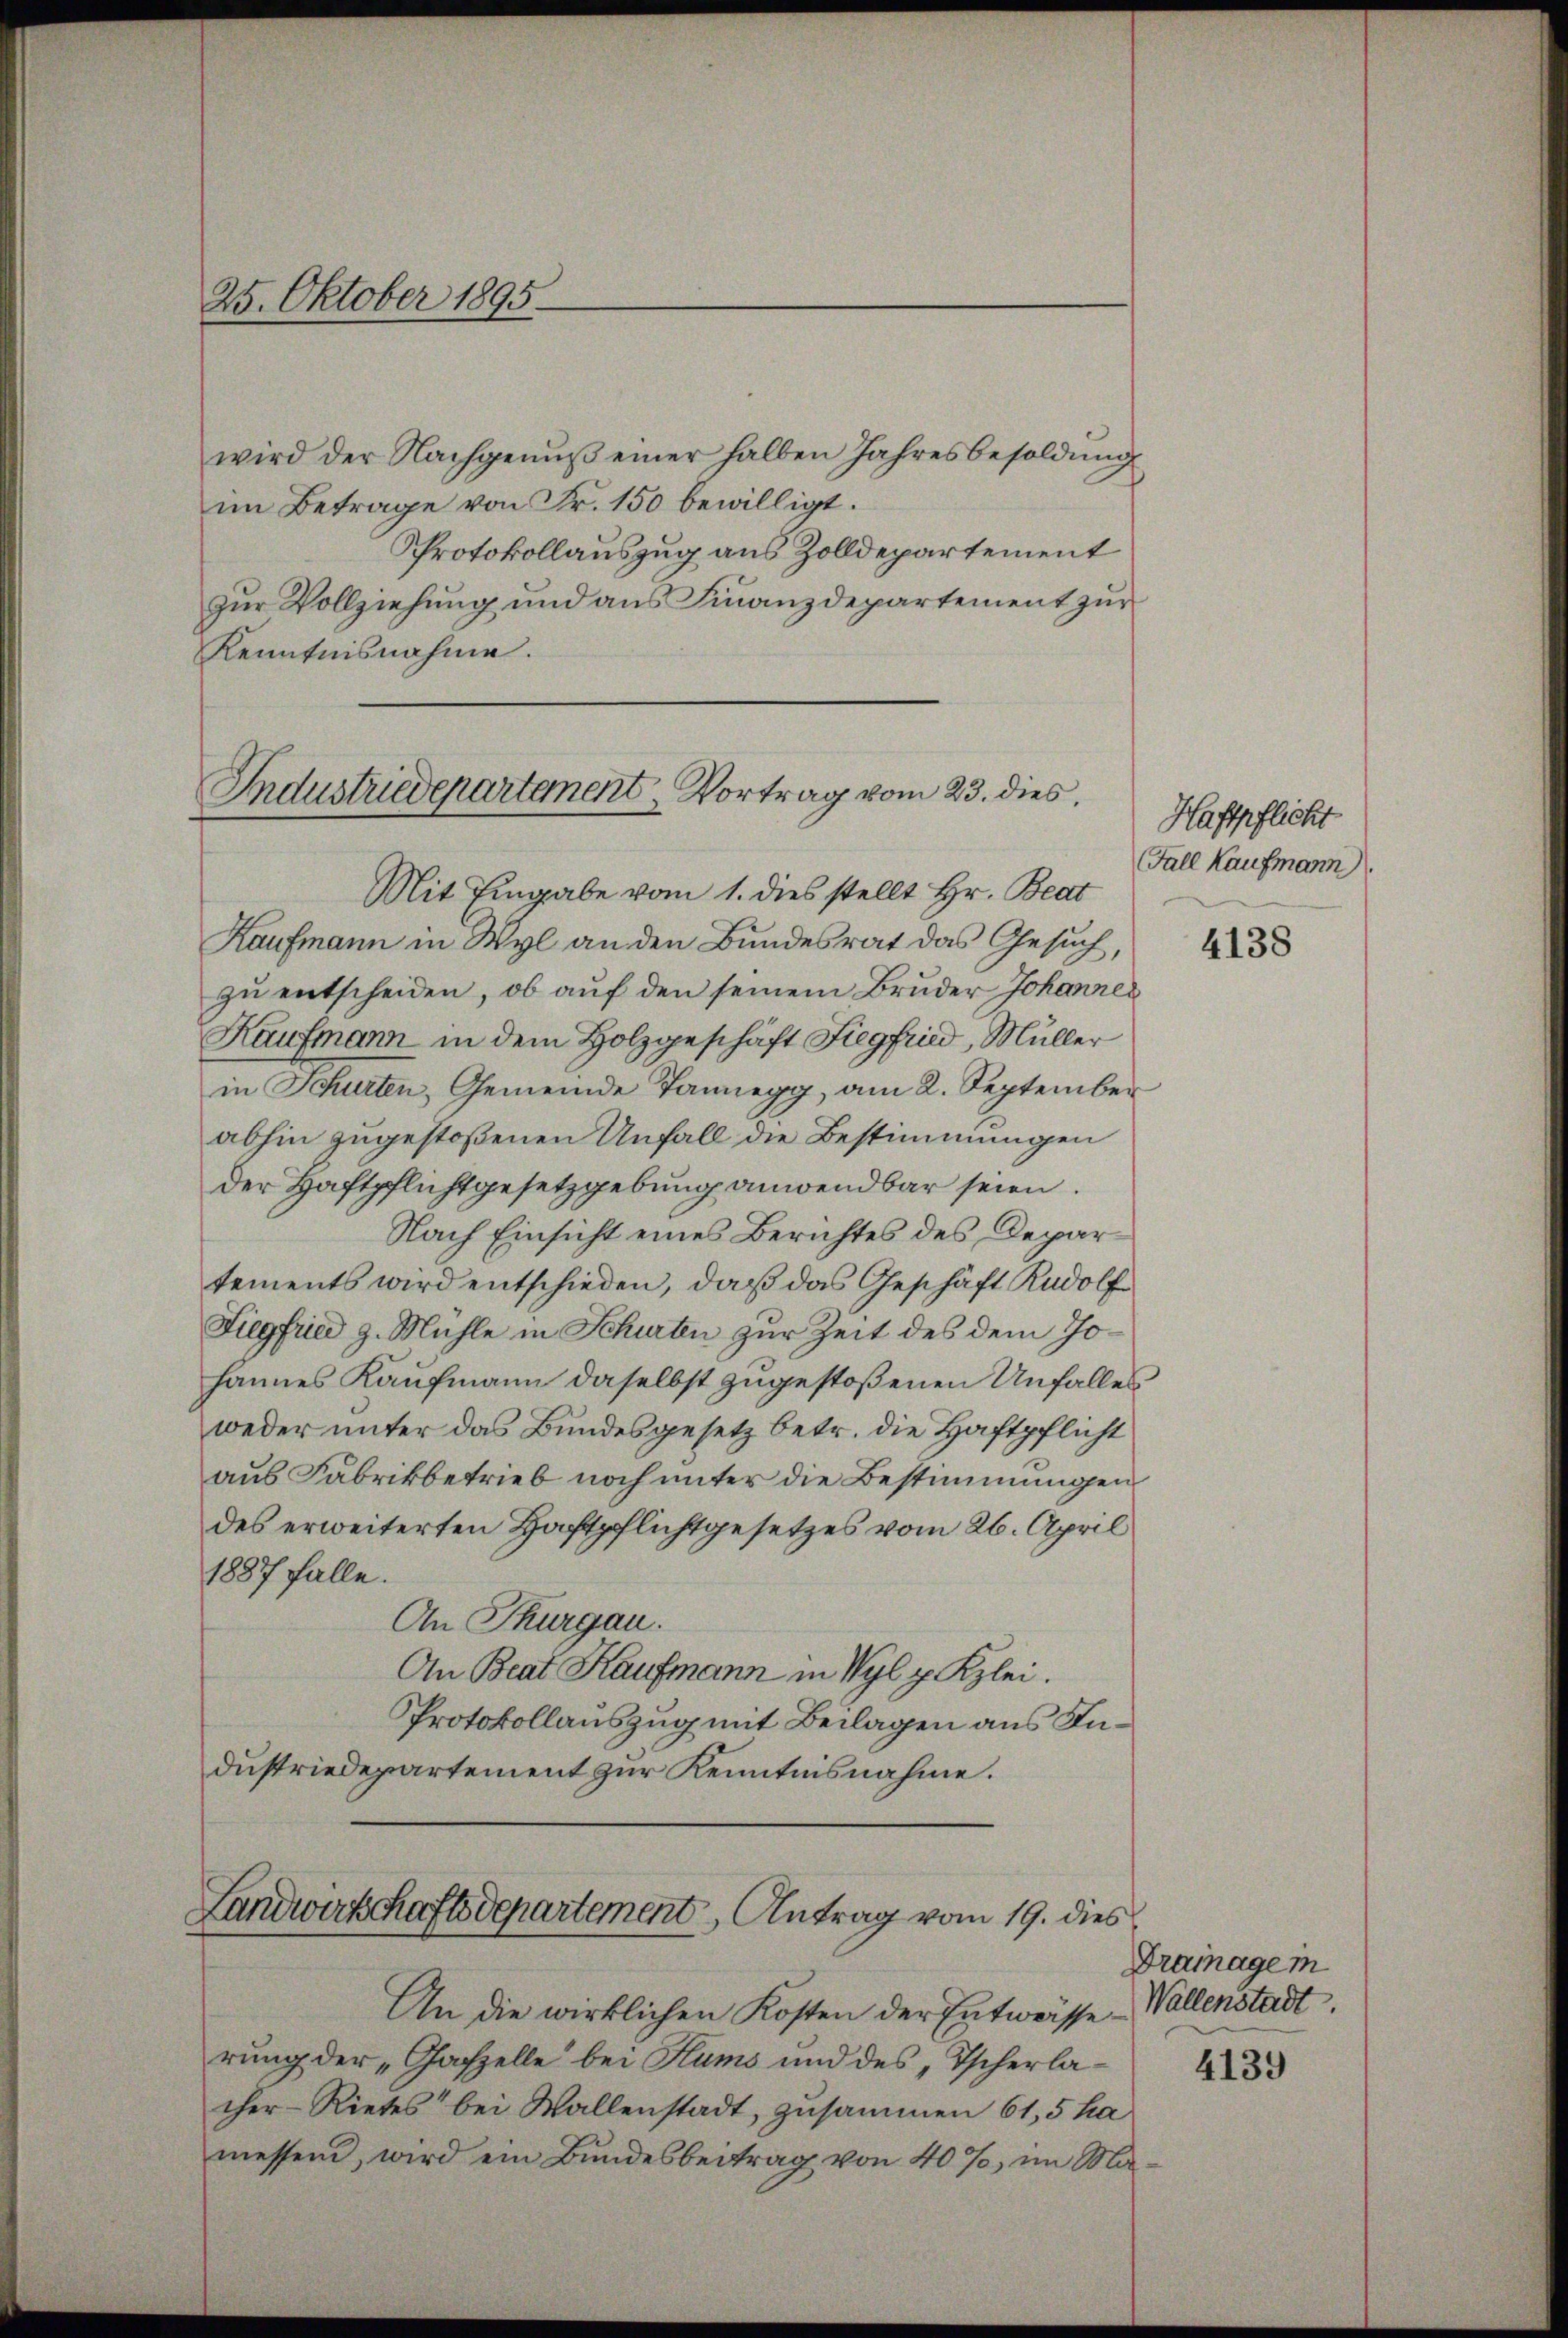
25. Oktober 1895

wird der Nachgenuß einer halben Jahresbesoldung
im Betrage von Fr. 150 bewilligt.
Protokollauszug aus Zolldepartement
Mit Eingabe vom 1. dies stellt Hr. Beat
Kaufmann in Wyl an den Bundesrat das Gesuch,
zu entscheiden, ob auf den seinem Bruder Johannes
Kaufmann in dem Holzgeschäft Fiegfried, Müller
in Schurten, Gemeinde Tannegg, am 2. September
abhin zugestoßenen Unfall die Bestimmungen
der Haftpflichtgesetzgebung anwendbar seien.
Nach Einsicht eines Berichtes des Departements wird entschieden, daß das Geschäft Rudolf
Siegfried g. Mühle in Schurten zur Zeit des dem Johannes Kaufmann daselbst zugestoßenen Unfalles
weder unter das Bundesgesetz betr. die Haftpflicht
aus Fabrikbetrieb noch unter die Bestimmungen
des erweiterten Haftpflichtgesetzes vom 26. April
1887 falle.
An Thurgau.
An Beat Kaufmann in Wyl p Kzlei.
Protokollauszug mit Beilagen aus Industriedepartement zur Kenntnisnahme.

zur Vollziehung und aus Finanzdepartement zur
Kenntnisnahme.
Industriedepartement, Vortrag vom 23. dies,

Landwirtschaftsdepartement, Antrag vom 19. dies

An die wirklichen Kosten der Entwässerung der „Gafzelle bei Hums und des Tscherlacher-Rietes bei Wallenstadt, zusammen 61,5 ha
messend, wird ein Bundesbeitrag von 40%, im Ma¬

Haftpflicht
Fall Kaufmann.

4138

Drainagem
Wallenstadt.

4139